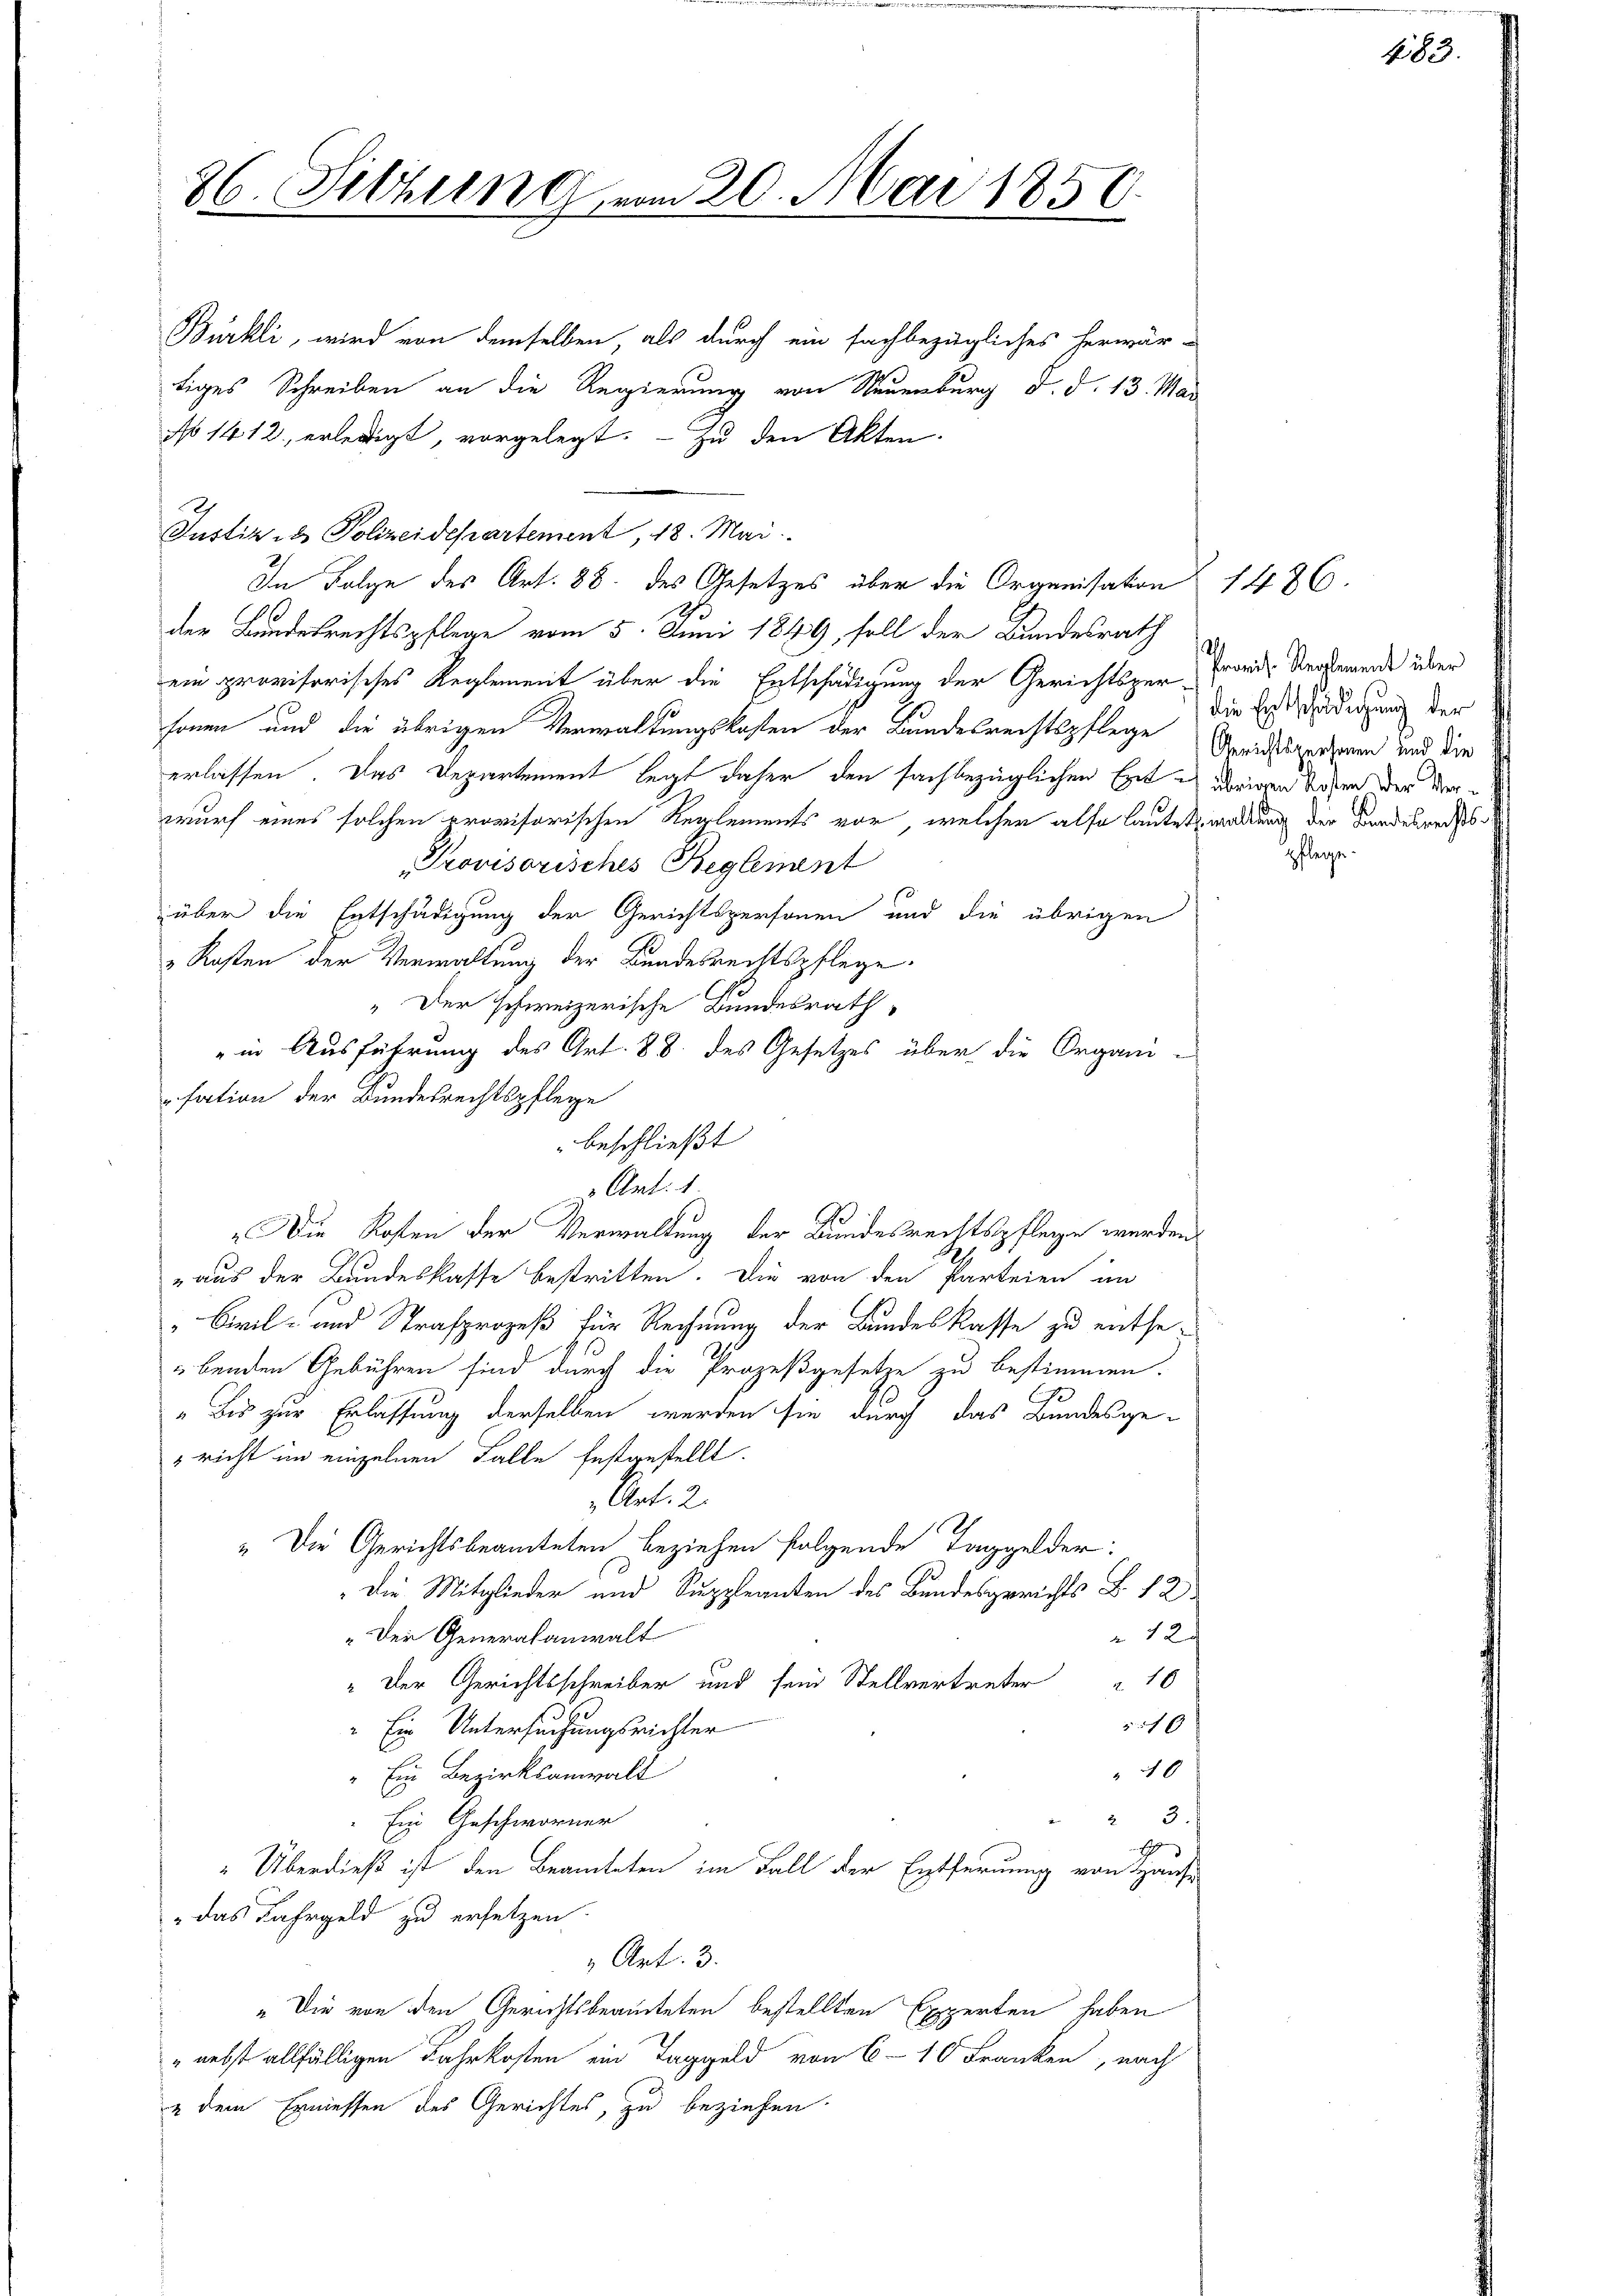
86. Setzung vom 20. Mai 1850.

Bürkli, wird von demselben, als durch ein fachbezügliches herwär-
tiges Schreiben an die Regierung von Neuenburg d. d. 13. Mai
No 1412, erledigt, vorgelegt. Zu den Akten.
Justiz & Polizeidepartement, 18. Mai.
In Folge des Art. 88. des Gesetzes über die Organisation 1486
der Bundesrechtspflege vom 5. Juni 1849, soll der Bundesrath
ein provisorisches Reglement über die Entschädigung der Gerichtspur-Foris Vergemende über
sonen und die übrigen Verwaltungskosten der Bundesrechtspflege Grundspersonen und die
erlassen. Das Departement legt daher den fachbezüglichen Exet & übrigen Saben der Verwurf eines solchen provisorischen Reglements vor, welcher also lautet waltung der Bandesrechts¬
Provisorisches Beglement
über die Entschädigung der Gerichtspersonen und die übrigen
Kosten der Verwaltung der Bundesrechtspflege.
" Der schweizerische Bundesrath,
" in Ausführung des Art. 88 des Gesetzes über die Organisation der Bundesrechtspflege
beschließt
Art: 1.
"Die Kosten der Verwaltung der Bundesrechtspflege werden.
aus der Bundeskasse bestritten. Die von den Parteien in
Civil- und Strafprozeß für Rechnung der Bundeskasse zu entseübenden Gebühren sind durch die Prozeßgesetze zu bestimmen.
„Bis zur Erlassung derselben werden sie durch das Bundesge¬
 richt im einzelnen Falle festgestellt.
„Art. 2.
„Die Gerichtsbeamteten beziehen folgende Taggelder:
Die Mitglieder und Suppleanten des Bundesgerichts B. 12
„Der Generalanwalt
12.
" Der Gerichtsschreiber und sein Stellvertreter " 10
510
" Ein Untersuchungsrichter
10
Ein Bezirksanwalt
23.
Ein Geschworner
1
"Überdieß ist den Beamteten im Fall der Entfernung von Hause
das Fahrgeld zu ersetzen.
Art: 3.
" Die von den Gerichtsbeamteten bestellten Experten haben
" nebst allfälligen Fahrkosten ein Taggeld von 6 - 10 Franken, nach
u dem Ermessen des Gerichtes, zu beziehen

483.

2
die Entschädigung der
pflege.